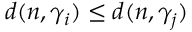
d ( n , \gamma _ { i } ) \leq d ( n , \gamma _ { j } )